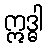
ဣဒ္ဓါ